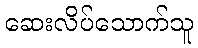
ဆေးလိပ်သောက်သူ